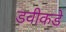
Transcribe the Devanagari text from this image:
डवीकडे